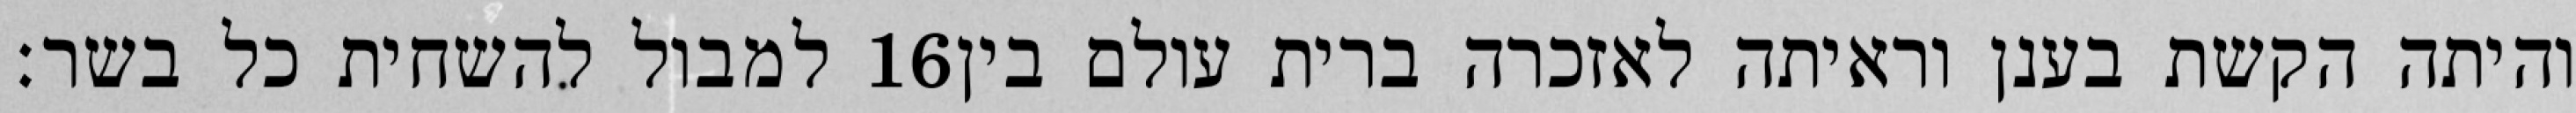
למבול להשחית כל בשר׃ ‎16‏ והיתה הקשת בענן וראיתה לאזכרה ברית עולם בין